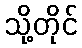
သို့တိုင်